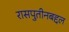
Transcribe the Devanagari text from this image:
रासपुतीनबद्दल